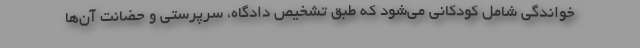
خواندگی شامل کودکانی می‌شود که طبق تشخیص دادگاه، سرپرستی و حضانت آن‌ها